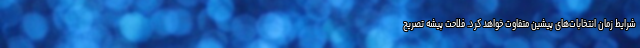
شرایط زمان انتخابات‌های پیشین متفاوت خواهد کرد. فلاحت پیشه تصریح